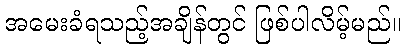
အမေးခံရသည့်အချိန်တွင် ဖြစ်ပါလိမ့်မည်။